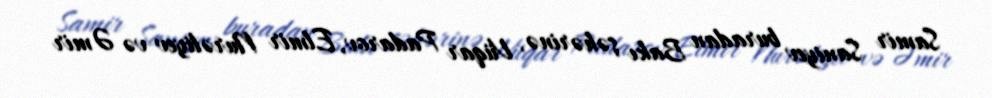
Samir Saniyev buradan Bakı şəhərinə, Vüqar Padarov, Elmir Nurəliyev və Əmir